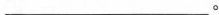
___。